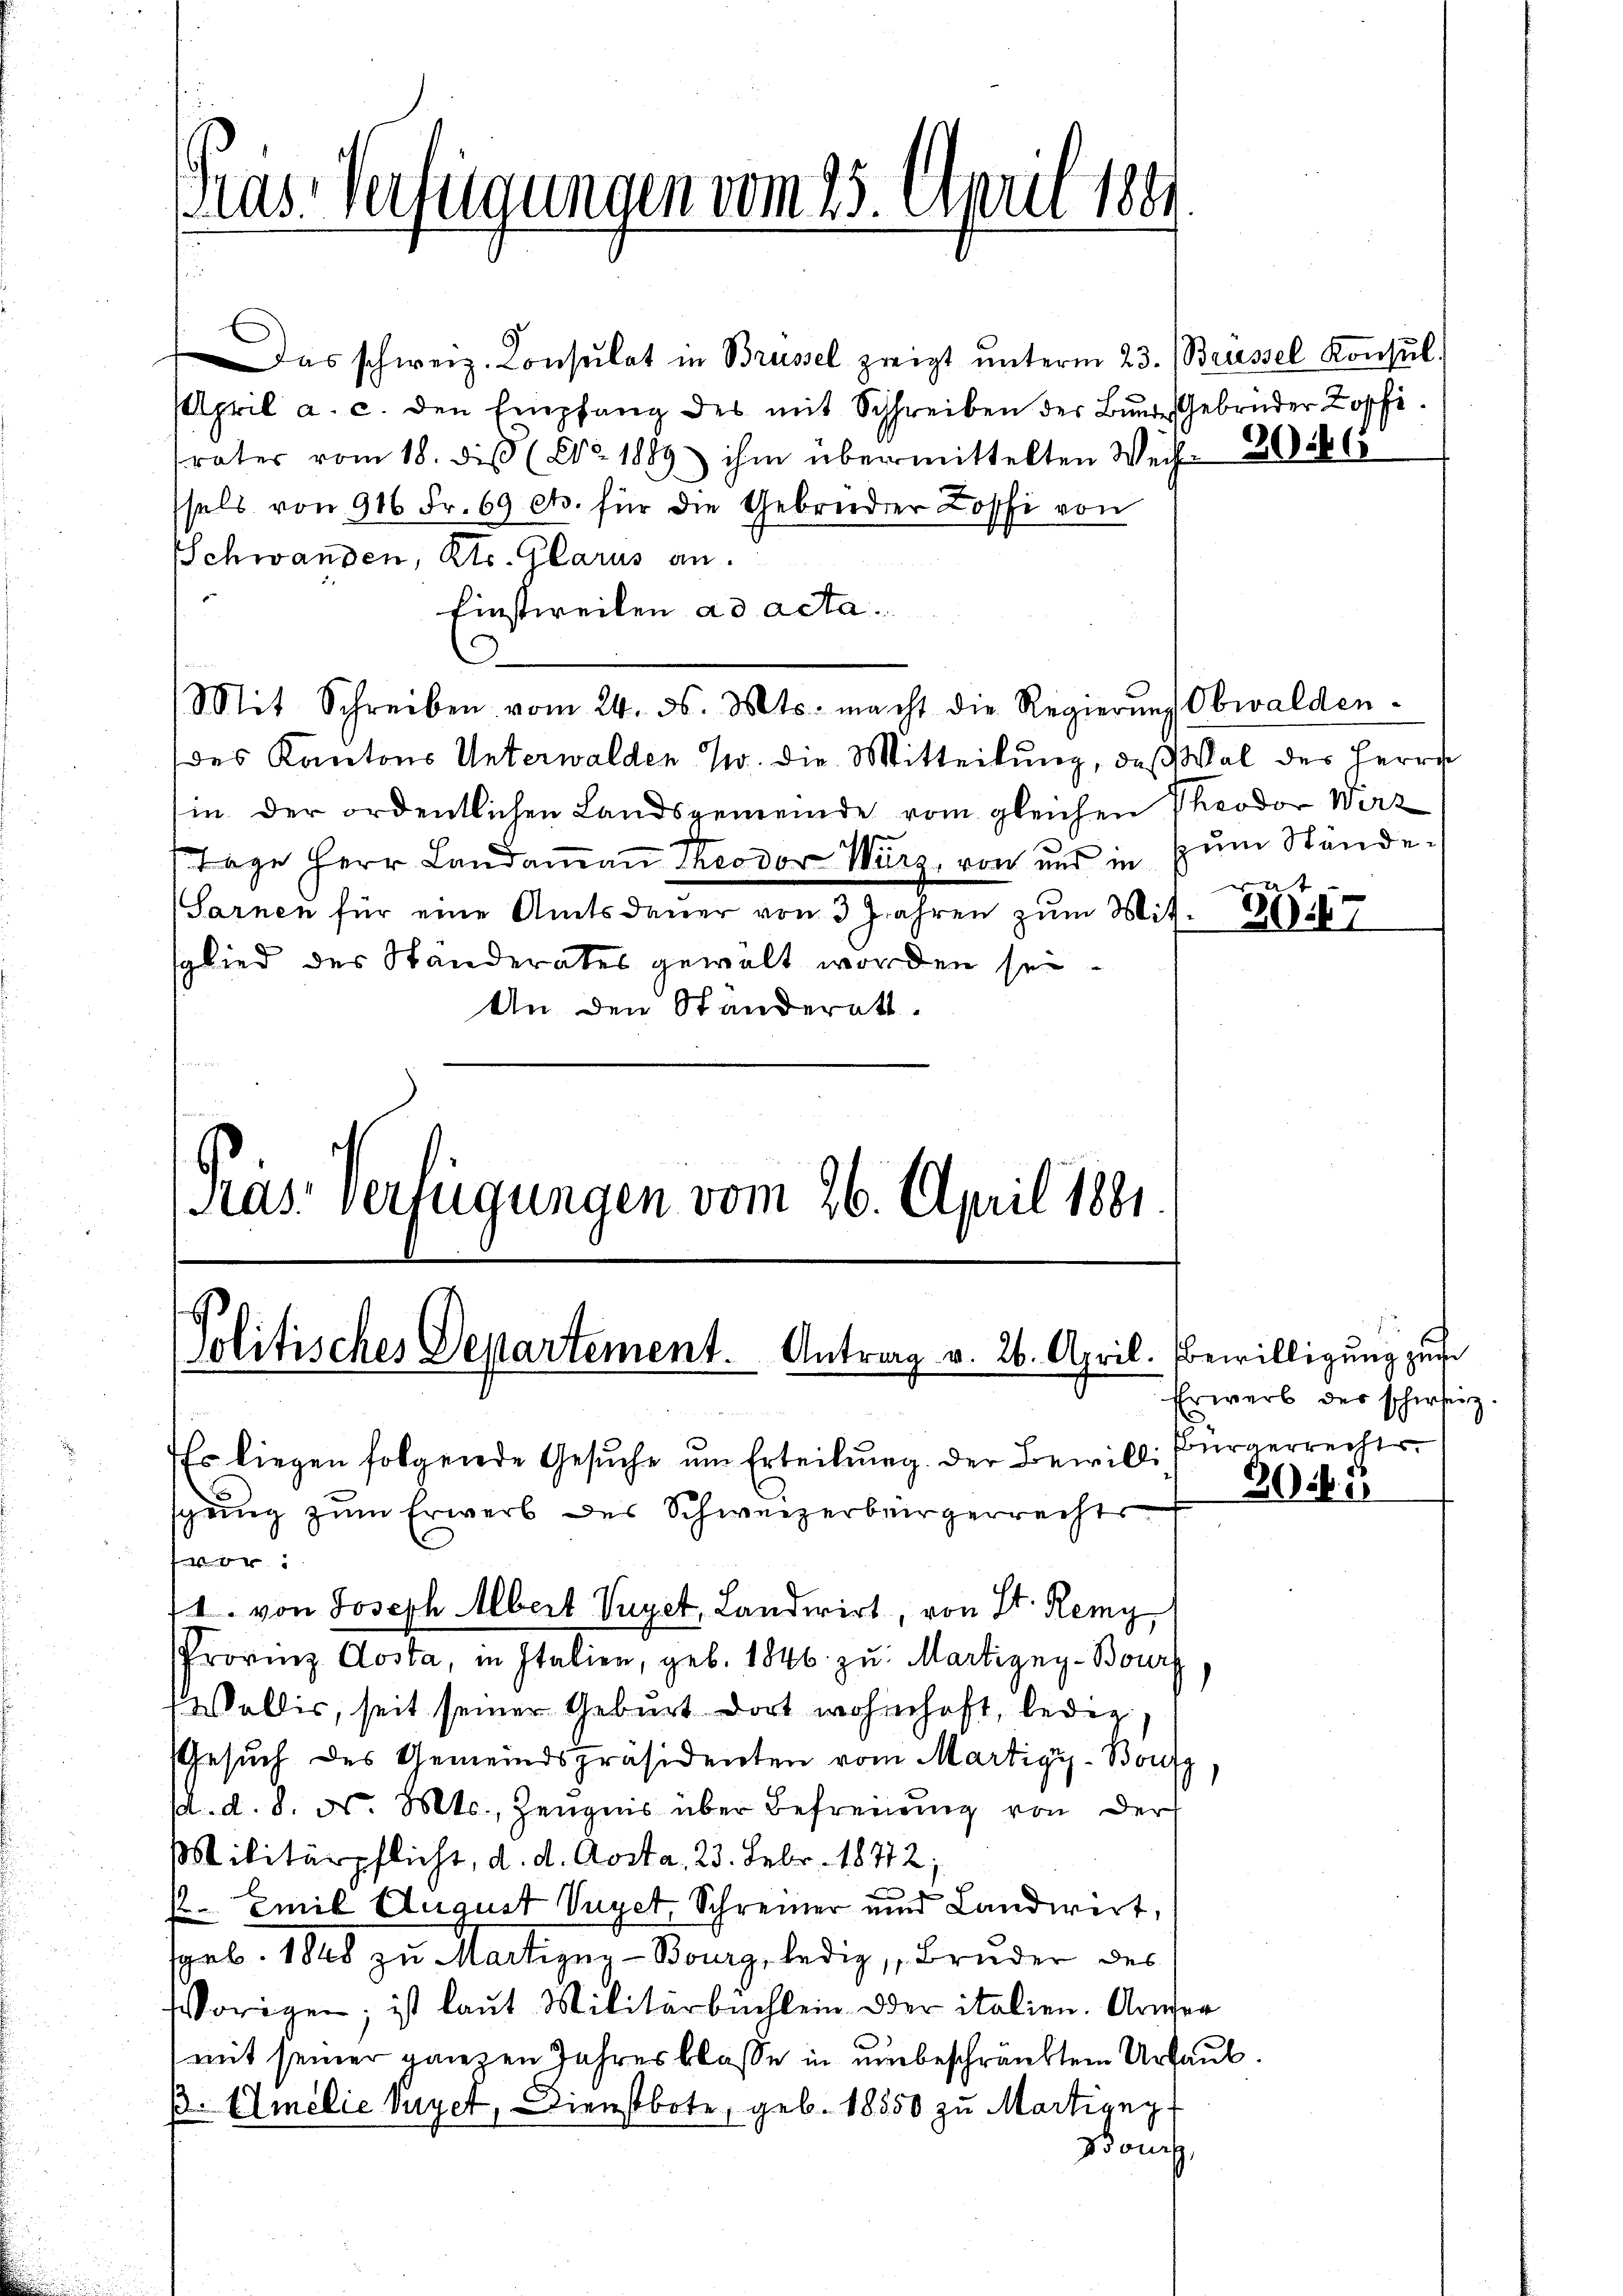
Gras Verfügungen vom 25. April 1884

Das schweiz. Consulat in Brüssel zweigt ŭnterm 23. Brüssel Konsul
April a. c. den Empfang des mit Schreiben der Bunde Gebrüder Kopfi
rater vom 18. diß (NNo. 1889 ihm übermittelten Wechssels von 916 Fr. 69 cts. für die Gebrüder Lossi von
Schwanden, Kts. Glarus an.
Einstweilen ad acta.
.
des Kantons Unterwalden Z. die Mitteilung, daß Wal des Herrn
in der ordentlichen Landsgemeinde vom gleichen Theodor Wirz
Tage Herr Landaṁaṅ Theodor Wurz, von und in zŭm Stände¬
Sarnen für eine Amtsdauer von 3 Jahren zŭm Wit.
sglied des Standerates gewält worden sei.
An den Ständerath.
Kas: verfügungen vom 26. April 1881

Mit Schreiben vom 24. ds. Mts. macht die Regierŭng Obwalden-

Politisches Departement. Antrag v. 26. April.

Es liegen folgende Gesuche um Erteilung. Der Bewilli
sgang zum Erwerb des Schweizerbürgerrechts

Provinz Costa, in Italien, geb. 1846 zu Martigny-Bour
Wallis, seit seiner Geburt dort wohnhaft, leder
Gesuch des Gemeindspräsidenten vom Martigy-Boufz
d. d. 8. d. Mts., Zeugnis über Befreuung von der
Militärpflicht, d. d. Aosta, 23. Febr. 18772:
e
 Emil August Veget, Schreiner und Landwirt,
geb. 1848 zu Martigny-Bourg, ledig, Bruder des
Vorigen; ist laut Militärbuchlein oder italien. Armen
mit seiner ganzen Jahres blasse in unbeschränktem Urlaubp. (Emilie Veget, Dienstbote, geb. 18550 zu Martigny
Bonet,

1. von Joseph Albert Veget, Landwirt, von St. Remy

3046

Bewilligung zuf
Erwerb der schweiz.
Bürgerrechts.

2 ibi